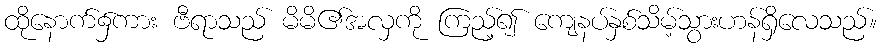
ထိုနောက်၌ကား ဗီရာသည် မိမိ၏အလှကို ကြည့်၍ ကျေနပ်နှစ်သိမ့်သွားဟန်ရှိလေသည်။